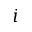
i